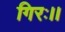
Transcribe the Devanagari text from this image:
गिरः।।